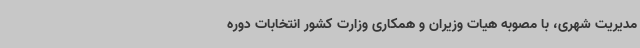
مدیریت شهری، با مصوبه هیات وزیران و همکاری وزارت کشور انتخابات دوره